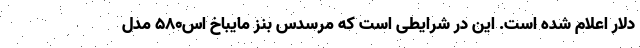
دلار اعلام شده است. این در شرایطی است که مرسدس بنز مایباخ اس580 مدل